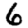
Digit: 6